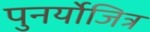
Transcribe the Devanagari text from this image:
पुनर्योजित्र